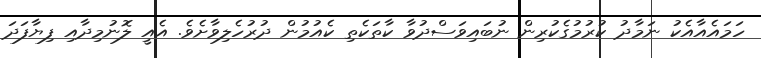
ހަމައެއާއެކު ނަމާދު ކުރުމުގެކުރިން ނުބައިވަސްދުވާ ކާތަކެތި ކެއުމުން ދުރުހެލިވާށެވެ. އެއީ ލޮނުމިދާއި ފިޔާފަދަ